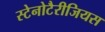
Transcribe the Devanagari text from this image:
स्टेनोटैरीजियस